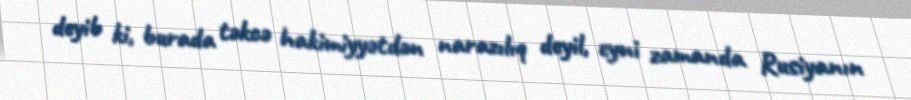
deyib ki, burada təkcə hakimiyyətdən narazılıq deyil, eyni zamanda Rusiyanın